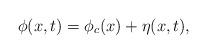
LaTeX: \begin{align*}\phi(x,t) = \phi_c(x) + \eta (x,t),\end{align*}